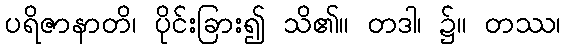
ပရိဇာနာတိ၊ ပိုင်းခြား၍ သိ၏။ တဒါ၊ ၌။ တဿ၊